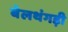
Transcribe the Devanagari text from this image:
बेलथंगड़ी